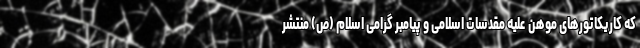
که کاریکاتورهای موهن علیه مقدسات اسلامی و پیامبر گرامی اسلام (ص) منتشر